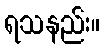
ရသနည်း။